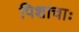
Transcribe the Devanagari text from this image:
पिशाचाः